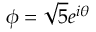
\phi = { \sqrt { 5 } } e ^ { i \theta }